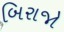
બિરાજો